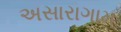
અસારાગામ